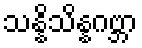
သန္နိသိန္နဂဗ္ဘာ